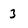
Character: 3